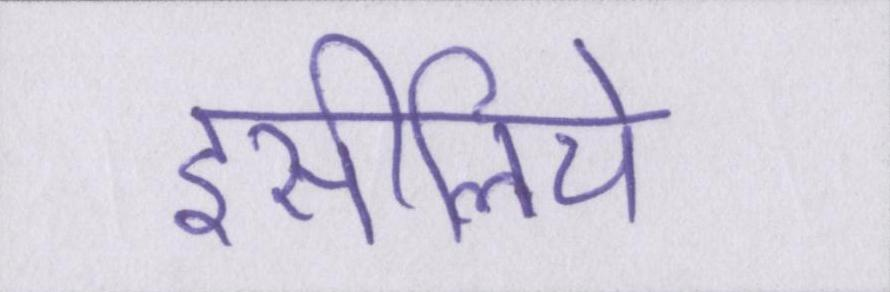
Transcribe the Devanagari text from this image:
इसीलिये